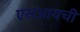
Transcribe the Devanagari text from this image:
एसआयची